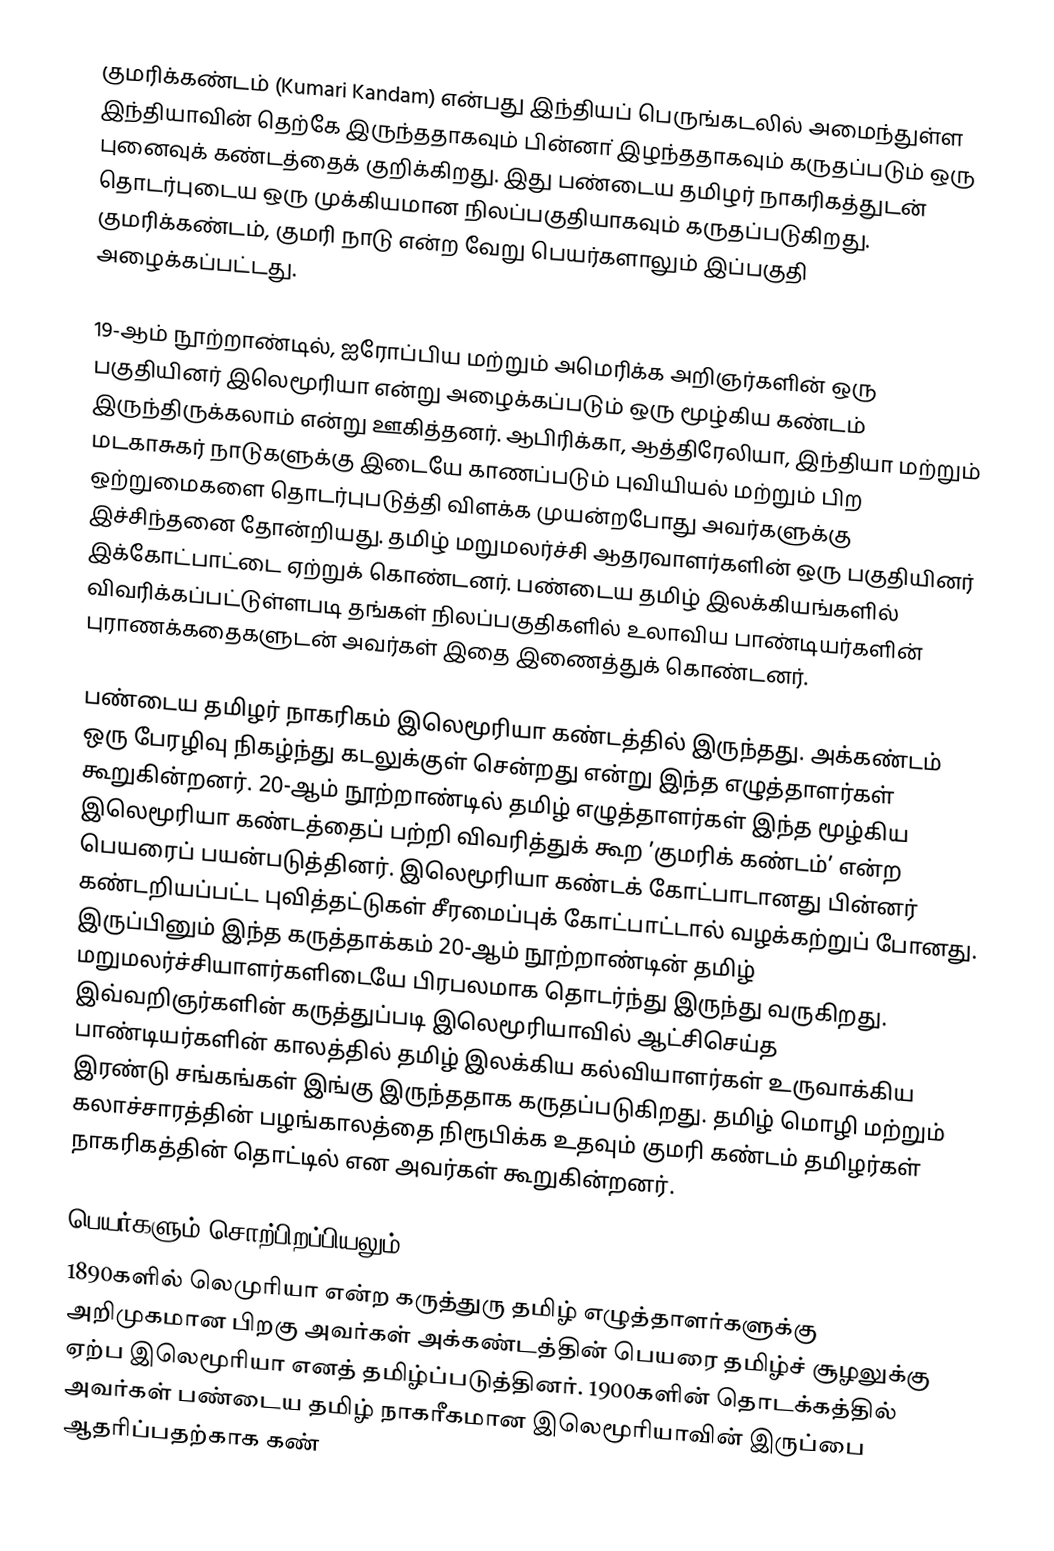
குமரிக்கண்டம் (Kumari Kandam) என்பது இந்தியப் பெருங்கடலில் அமைந்துள்ள இந்தியாவின் தெற்கே இருந்ததாகவும் பின்னா் இழந்ததாகவும் கருதப்படும் ஒரு புனைவுக் கண்டத்தைக் குறிக்கிறது. இது பண்டைய தமிழர் நாகரிகத்துடன் தொடர்புடைய ஒரு முக்கியமான நிலப்பகுதியாகவும் கருதப்படுகிறது. குமரிக்கண்டம், குமரி நாடு என்ற வேறு பெயர்களாலும் இப்பகுதி அழைக்கப்பட்டது.

19-ஆம் நூற்றாண்டில், ஐரோப்பிய மற்றும் அமெரிக்க அறிஞர்களின் ஒரு பகுதியினர் இலெமூரியா என்று அழைக்கப்படும் ஒரு மூழ்கிய கண்டம் இருந்திருக்கலாம் என்று ஊகித்தனர். ஆபிரிக்கா, ஆத்திரேலியா, இந்தியா மற்றும் மடகாசுகர் நாடுகளுக்கு இடையே காணப்படும் புவியியல் மற்றும் பிற ஒற்றுமைகளை தொடர்புபடுத்தி விளக்க முயன்றபோது அவர்களுக்கு இச்சிந்தனை தோன்றியது. தமிழ் மறுமலர்ச்சி ஆதரவாளர்களின் ஒரு பகுதியினர் இக்கோட்பாட்டை ஏற்றுக் கொண்டனர். பண்டைய தமிழ்  இலக்கியங்களில் விவரிக்கப்பட்டுள்ளபடி தங்கள் நிலப்பகுதிகளில் உலாவிய பாண்டியர்களின் புராணக்கதைகளுடன் அவர்கள் இதை இணைத்துக் கொண்டனர்.

பண்டைய தமிழர் நாகரிகம் இலெமூரியா கண்டத்தில் இருந்தது.  அக்கண்டம் ஒரு பேரழிவு நிகழ்ந்து  கடலுக்குள் சென்றது என்று இந்த எழுத்தாளர்கள் கூறுகின்றனர். 20-ஆம் நூற்றாண்டில் தமிழ் எழுத்தாளர்கள் இந்த மூழ்கிய இலெமூரியா கண்டத்தைப் பற்றி விவரித்துக் கூற ’குமரிக் கண்டம்’  என்ற பெயரைப் பயன்படுத்தினர். இலெமூரியா கண்டக் கோட்பாடானது பின்னர் கண்டறியப்பட்ட புவித்தட்டுகள் சீரமைப்புக் கோட்பாட்டால் வழக்கற்றுப் போனது. இருப்பினும் இந்த கருத்தாக்கம் 20-ஆம் நூற்றாண்டின் தமிழ் மறுமலர்ச்சியாளர்களிடையே பிரபலமாக தொடர்ந்து இருந்து வருகிறது. இவ்வறிஞர்களின் கருத்துப்படி இலெமூரியாவில் ஆட்சிசெய்த பாண்டியர்களின் காலத்தில் தமிழ் இலக்கிய கல்வியாளர்கள் உருவாக்கிய இரண்டு சங்கங்கள் இங்கு இருந்ததாக கருதப்படுகிறது. தமிழ் மொழி மற்றும் கலாச்சாரத்தின் பழங்காலத்தை நிரூபிக்க உதவும் குமரி கண்டம் தமிழர்கள் நாகரிகத்தின் தொட்டில் என அவர்கள் கூறுகின்றனர்.

பெயர்களும் சொற்பிறப்பியலும்
1890களில் லெமுரியா என்ற கருத்துரு தமிழ் எழுத்தாளர்களுக்கு அறிமுகமான பிறகு அவர்கள் அக்கண்டத்தின் பெயரை தமிழ்ச் சூழலுக்கு ஏற்ப இலெமூரியா எனத் தமிழ்ப்படுத்தினர். 1900களின் தொடக்கத்தில் அவர்கள் பண்டைய தமிழ் நாகரீகமான இலெமூரியாவின் இருப்பை ஆதரிப்பதற்காக கண்